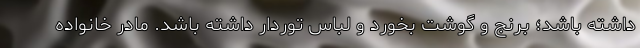
داشته باشد؛ برنج و گوشت بخورد و لباس توردار داشته باشد. مادر خانواده